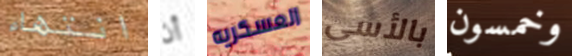
انتهاء أن العسكريه بالأسى وخمسون